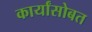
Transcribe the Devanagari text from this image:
कार्यांसोबत